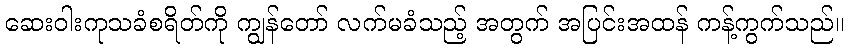
ဆေးဝါးကုသခံစရိတ်ကို ကျွန်တော် လက်မခံသည့် အတွက် အပြင်းအထန် ကန့်ကွက်သည်။